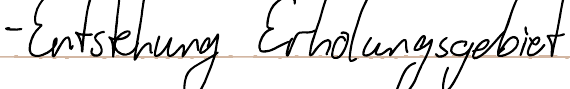
- Entstehung Erholungsgebiet